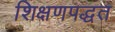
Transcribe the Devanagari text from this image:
शिक्षणपद्धत